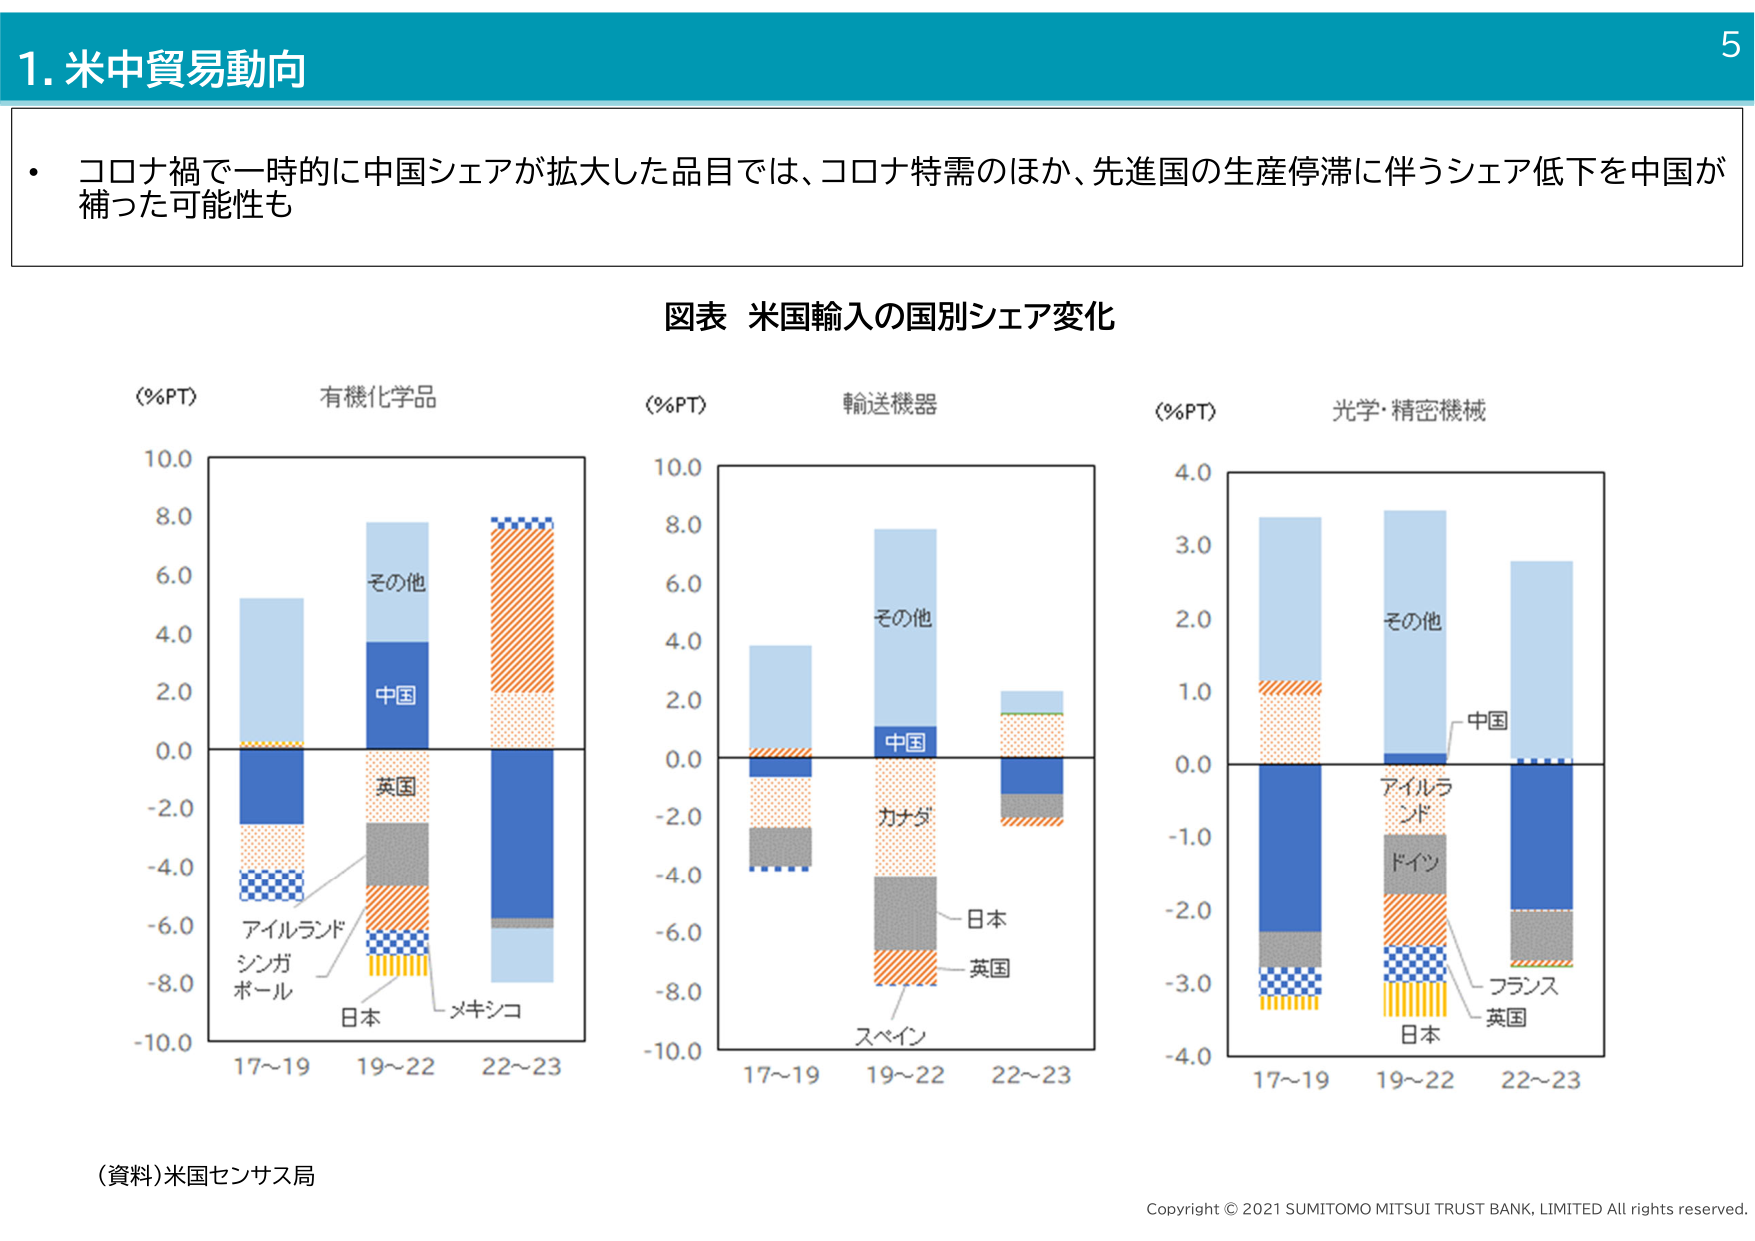
1. 米中貿易動向

・コロナ禍で一時的に中国シェアが拡大した品目では、コロナ特需のほか、先進国の生産停滞に伴うシェア低下を中国が補った可能性も

図表 米国輸入の国別シェア変化

(%PT) 有機化学品
(%PT) 輸送機器
(%PT) 光学・精密機械

17～19 19～22 22～23
17～19 19～22 22～23
17～19 19～22 22～23

アイルランド
シンガポール
日本
メキシコ
その他
中国
英国

その他
中国
カナダ
日本
英国
スペイン

アイルランド
ドイツ
フランス
日本
英国
その他
中国

(資料)米国センサス局

Copyright © 2021 SUMITOMO MITSUI TRUST BANK, LIMITED All rights reserved.

5